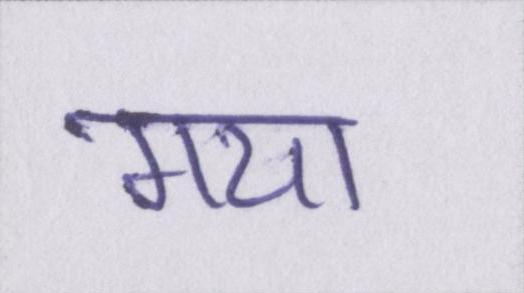
गया